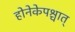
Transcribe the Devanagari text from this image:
होनेकेपश्चात्